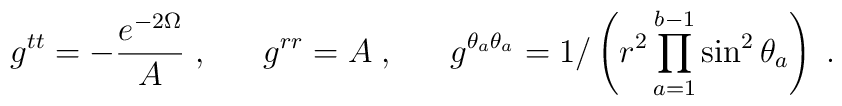
g^{ t t }=-\frac{e^{-2\Omega}}{A}\;, ~~~~~ g^{ r r }=A\;, ~~~~~ g^{\theta_a \theta_a}=1/\left(r^2\prod_{a=1}^{b-1} \sin^2\theta_a \right)\;.